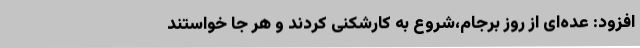
افزود: عده‌ای از روز برجام،شروع به کارشکنی کردند و هر جا خواستند